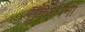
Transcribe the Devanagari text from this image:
सुकल्पना